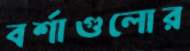
বর্শাগুলোর